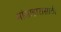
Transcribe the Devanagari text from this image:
मांसाहारासाठी